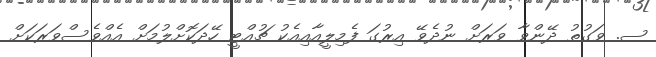
ސ. ވަގުތު ދޭންވާ ވަރަށް ނުދެވޭ އިރުގަ ފެމިލީއާއިއެކު ޗުއްޓީ ހޭދަކޮށްލުމަށް އެއްވެސްވަރަކަށް